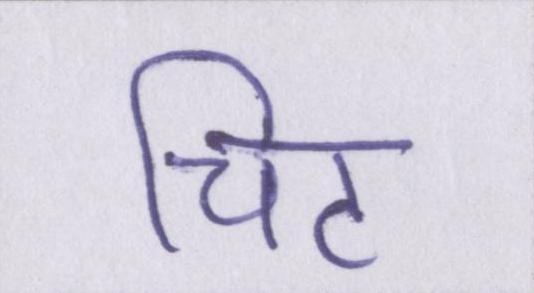
चिट